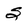
Character: S